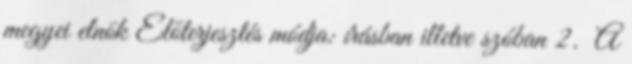
megyei elnök Előterjesztés módja: írásban illetve szóban 2. A